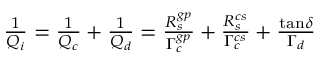
\begin{array} { r } { \frac { 1 } { Q _ { i } } = \frac { 1 } { Q _ { c } } + \frac { 1 } { Q _ { d } } = \frac { R _ { s } ^ { g p } } { \Gamma _ { c } ^ { g p } } + \frac { R _ { s } ^ { c s } } { \Gamma _ { c } ^ { c s } } + \frac { \tan \! \delta } { \Gamma _ { d } } } \end{array}